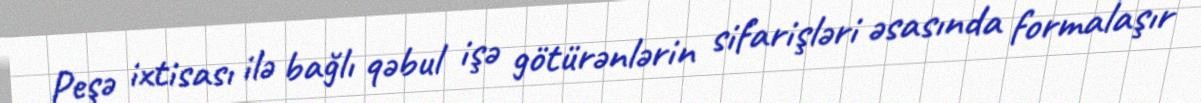
Peşə ixtisası ilə bağlı qəbul işə götürənlərin sifarişləri əsasında formalaşır